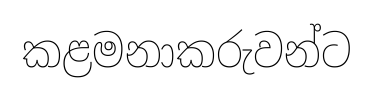
කළමනාකරුවන්ට